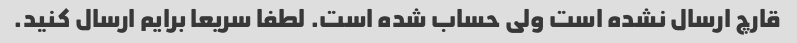
قارچ ارسال نشده است ولی حساب شده است. لطفا سریعا برایم ارسال کنید.